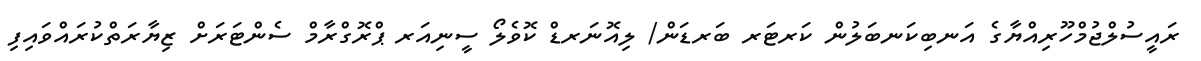
ރައީސުލްޖުމްހޫރިއްޔާގެ އަނބިކަނބަލުން ކަރޓަރ ބަރޑަން/ ލިއޮނަރޑް ކޮވެލޯ ސީނިއަރ ޕްރޮގްރާމް ސެންޓަރަށް ޒިޔާރަތްކުރައްވައިފި